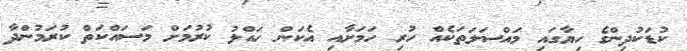
ކުޑަކުދިންގެ ހިޔާގައި މައްސަލަތަކެއް ހުރި ހަމަށާއި އެކަން ހައްލު ކުރުމަށް މަސައްކަތް ކުރަމުންދާ